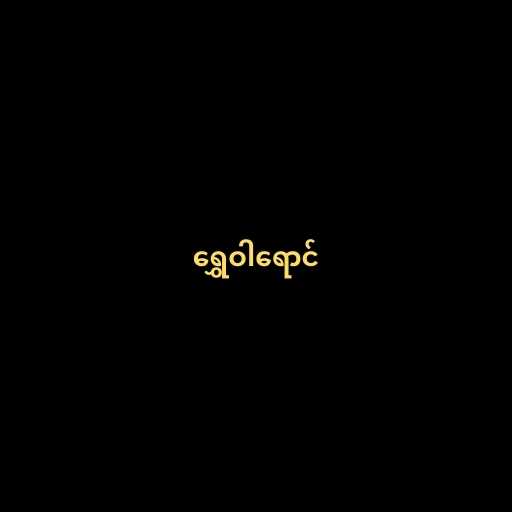
ရွှေဝါရောင်